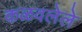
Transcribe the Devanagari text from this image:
कळवलेले